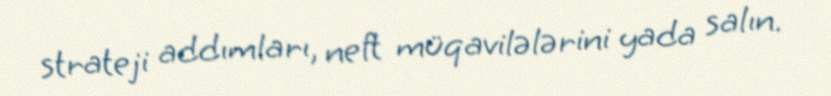
strateji addımları, neft müqavilələrini yada salın.